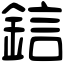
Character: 𨦼